Civil Veterinary Dept. Bombay admin report 1907-1913 - 1907-1913
Year: 1907
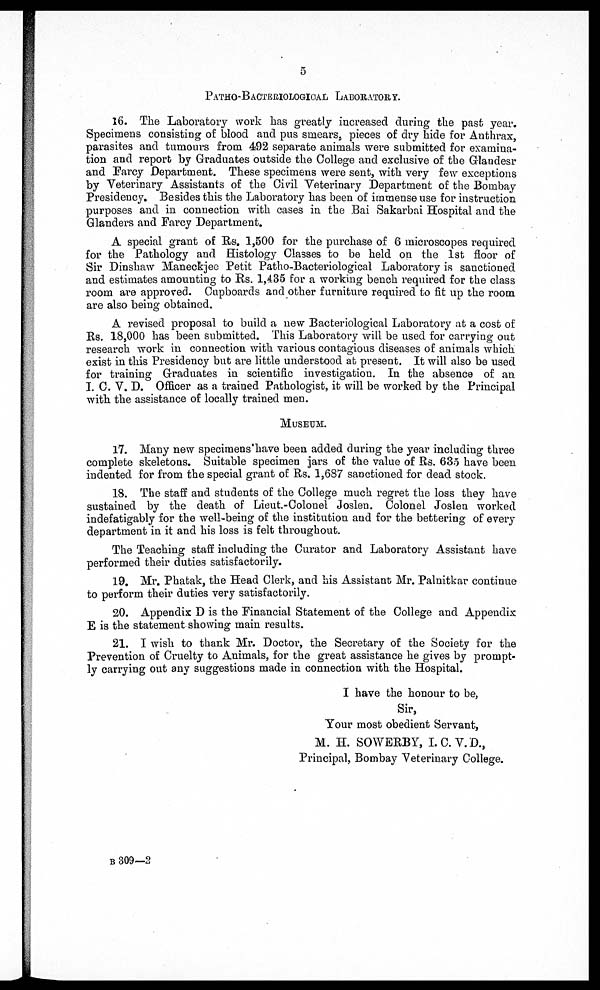
5
PATHO-BACTEEIOLOGICAL LABORATORY.
16. The Laboratory work has greatly increased during the past year.
Specimens consisting of blood and pus smears, pieces of dry hide for Anthrax,
parasites and tumours from 492 separate animals were submitted for examina-
tion and report by Graduates outside the College and exclusive of the Grlandesr
and Farcy Department. These specimens were sent, with very few exceptions
by Veterinary Assistants of the Civil Veterinary Department of the Bombay
Presidency, Besides this the Laboratory has been of immense use for instruction
purposes and in connection with cases in the Bai Sakarbai Hospital and the
Glanders and Farcy Department.
A special grant of Rs. 1,500 for the purchase of 6 microscopes required
for the Pathology and Histology Classes to be held on the 1st floor of
Sir Dinshaw Maneckjee Petit Patho-Bacteriological Laboratory is sanctioned
and estimates amounting to Rs. 1,435 for a working bench required for the class
room are approved. Cupboards and other furniture required to fit up the room
are also being obtained.
A revised proposal to build a new Bacteriological Laboratory at a cost of
Rs. 18,000 has been submitted. This Laboratory will be used for carrying out
research work in connection with various contagious diseases of animals which
exist in this Presidency but are little understood at present. It will also be used
for training Graduates in scientific investigation. In the absence of an
I. C. V. D. Officer as a trained Pathologist, it will be worked by the Principal
with the assistance of locally trained men.
MUSEUM.
17. Many new specimens have been added during the year including three
complete skeletons. Suitable specimen jars of the value of Rs. 635 have been
indented for from the special grant of Rs. 1,687 sanctioned for dead stock.
18. The staff and students of the College much regret the loss they have
sustained by the death of Lieut-Colonel Joslen. Colonel Joslen worked
indefatigably for the well-being of the institution and for the bettering of every
department in it and his loss is felt throughout.
The Teaching staff including the Curator and Laboratory Assistant have
performed their duties satisfactorily.
19. Mr. Phatak, the Head Clerk, and his Assistant Mr. Palnitkar continue
to perform their duties very satisfactorily.
20. Appendix D is the Financial Statement of the College and Appendix
E is the statement showing main results.
21. I wish to thank Mr. Doctor, the Secretary of the Society for the
Prevention of Cruelty to Animals, for the great assistance he gives by prompt-
ly carrying out any suggestions made in connection with the Hospital.
I have the honour to be,
Sir,
Your most obedient Servant,
M. H. SOWERBY, I.C.V.D.,
Principal, Bombay Veterinary College.
B 309—2